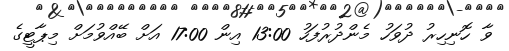
ވާ ހޮނިހިރު ދުވަހު މެންދުރުފަހު 13:00 އިން 17:00 އަށް ބޭއްވުމަށް މިޕާޓީގެ